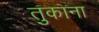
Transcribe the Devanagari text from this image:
तुकाना